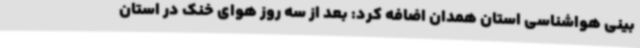
بینی هواشناسی استان همدان اضافه کرد: بعد از سه روز هوای خنک در استان